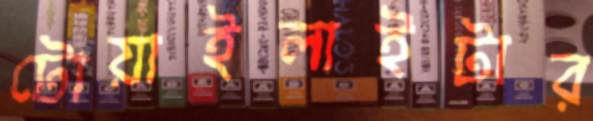
টোয়াইলাইটার